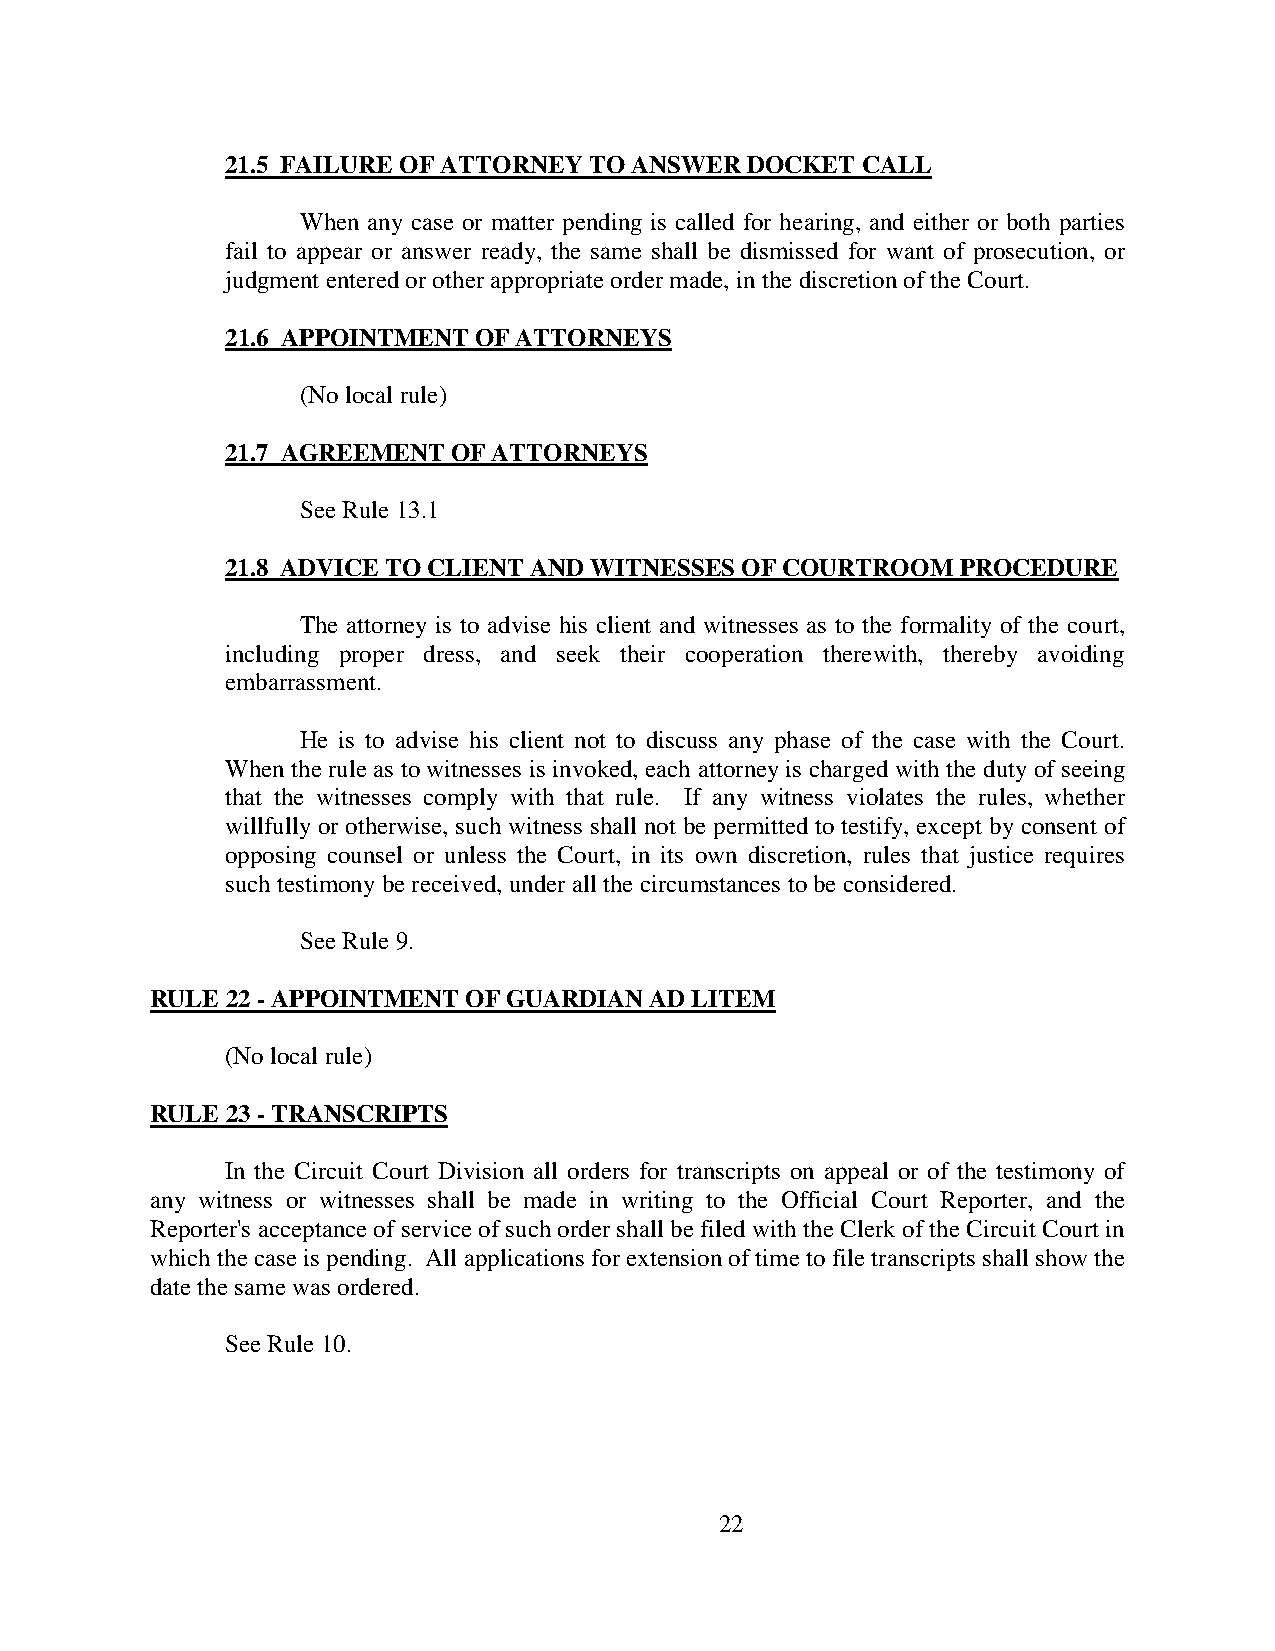
21.5 FAILURE OF ATTORNEY TO ANSWER DOCKET CALL
 When any case or matter pending is called for hearing, and either or both parties
 fail to appear or answer ready, the same shall be dismissed for want of prosecution, or
 judgment entered or other appropriate order made, in the discretion of the Court.
 21.6 APPOINTMENT OF ATTORNEYS
 (No local rule)
 21.7 AGREEMENT OF ATTORNEYS
 See Rule 13.1
 21.8 ADVICE TO CLIENT AND WITNESSES OF COURTROOM PROCEDURE
 The attorney is to advise his client and witnesses as to the formality of the court,
 including proper dress, and seek their cooperation therewith, thereby avoiding
 embarrassment.
 He is to advise his client not to discuss any phase of the case with the Court.
 When the rule as to witnesses is invoked, each attorney is charged with the duty of seeing
 that the witnesses comply with that rule. If any witness violates the rules, whether
 willfully or otherwise, such witness shall not be permitted to testify, except by consent of
 opposing counsel or unless the Court, in its own discretion, rules that justice requires
 such testimony be received, under all the circumstances to be considered.
 See Rule 9.
 RULE 22 - APPOINTMENT OF GUARDIAN AD LITEM
 (No local rule)
 RULE 23 - TRANSCRIPTS
 In the Circuit Court Division all orders for transcripts on appeal or of the testimony of
 any witness or witnesses shall be made in writing to the Official Court Reporter, and the
 Reporter's acceptance of service of such order shall be filed with the Clerk of the Circuit Court in
 which the case is pending. All applications for extension of time to file transcripts shall show the
 date the same was ordered.
 See Rule 10.
 22